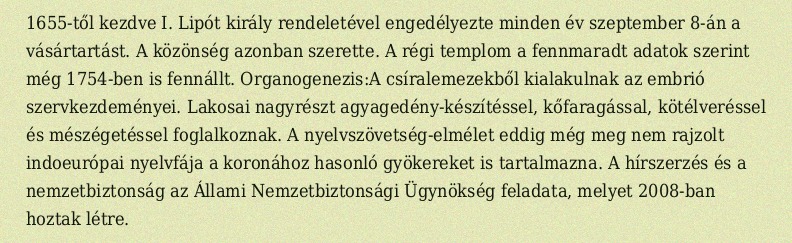
1655-től kezdve I. Lipót király rendeletével engedélyezte minden év szeptember 8-án a vásártartást. A közönség azonban szerette. A régi templom a fennmaradt adatok szerint még 1754-ben is fennállt. Organogenezis:A csíralemezekből kialakulnak az embrió szervkezdeményei. Lakosai nagyrészt agyagedény-készítéssel, kőfaragással, kötélveréssel és mészégetéssel foglalkoznak. A nyelvszövetség-elmélet eddig még meg nem rajzolt indoeurópai nyelvfája a koronához hasonló gyökereket is tartalmazna. A hírszerzés és a nemzetbiztonság az Állami Nemzetbiztonsági Ügynökség feladata, melyet 2008-ban hoztak létre.